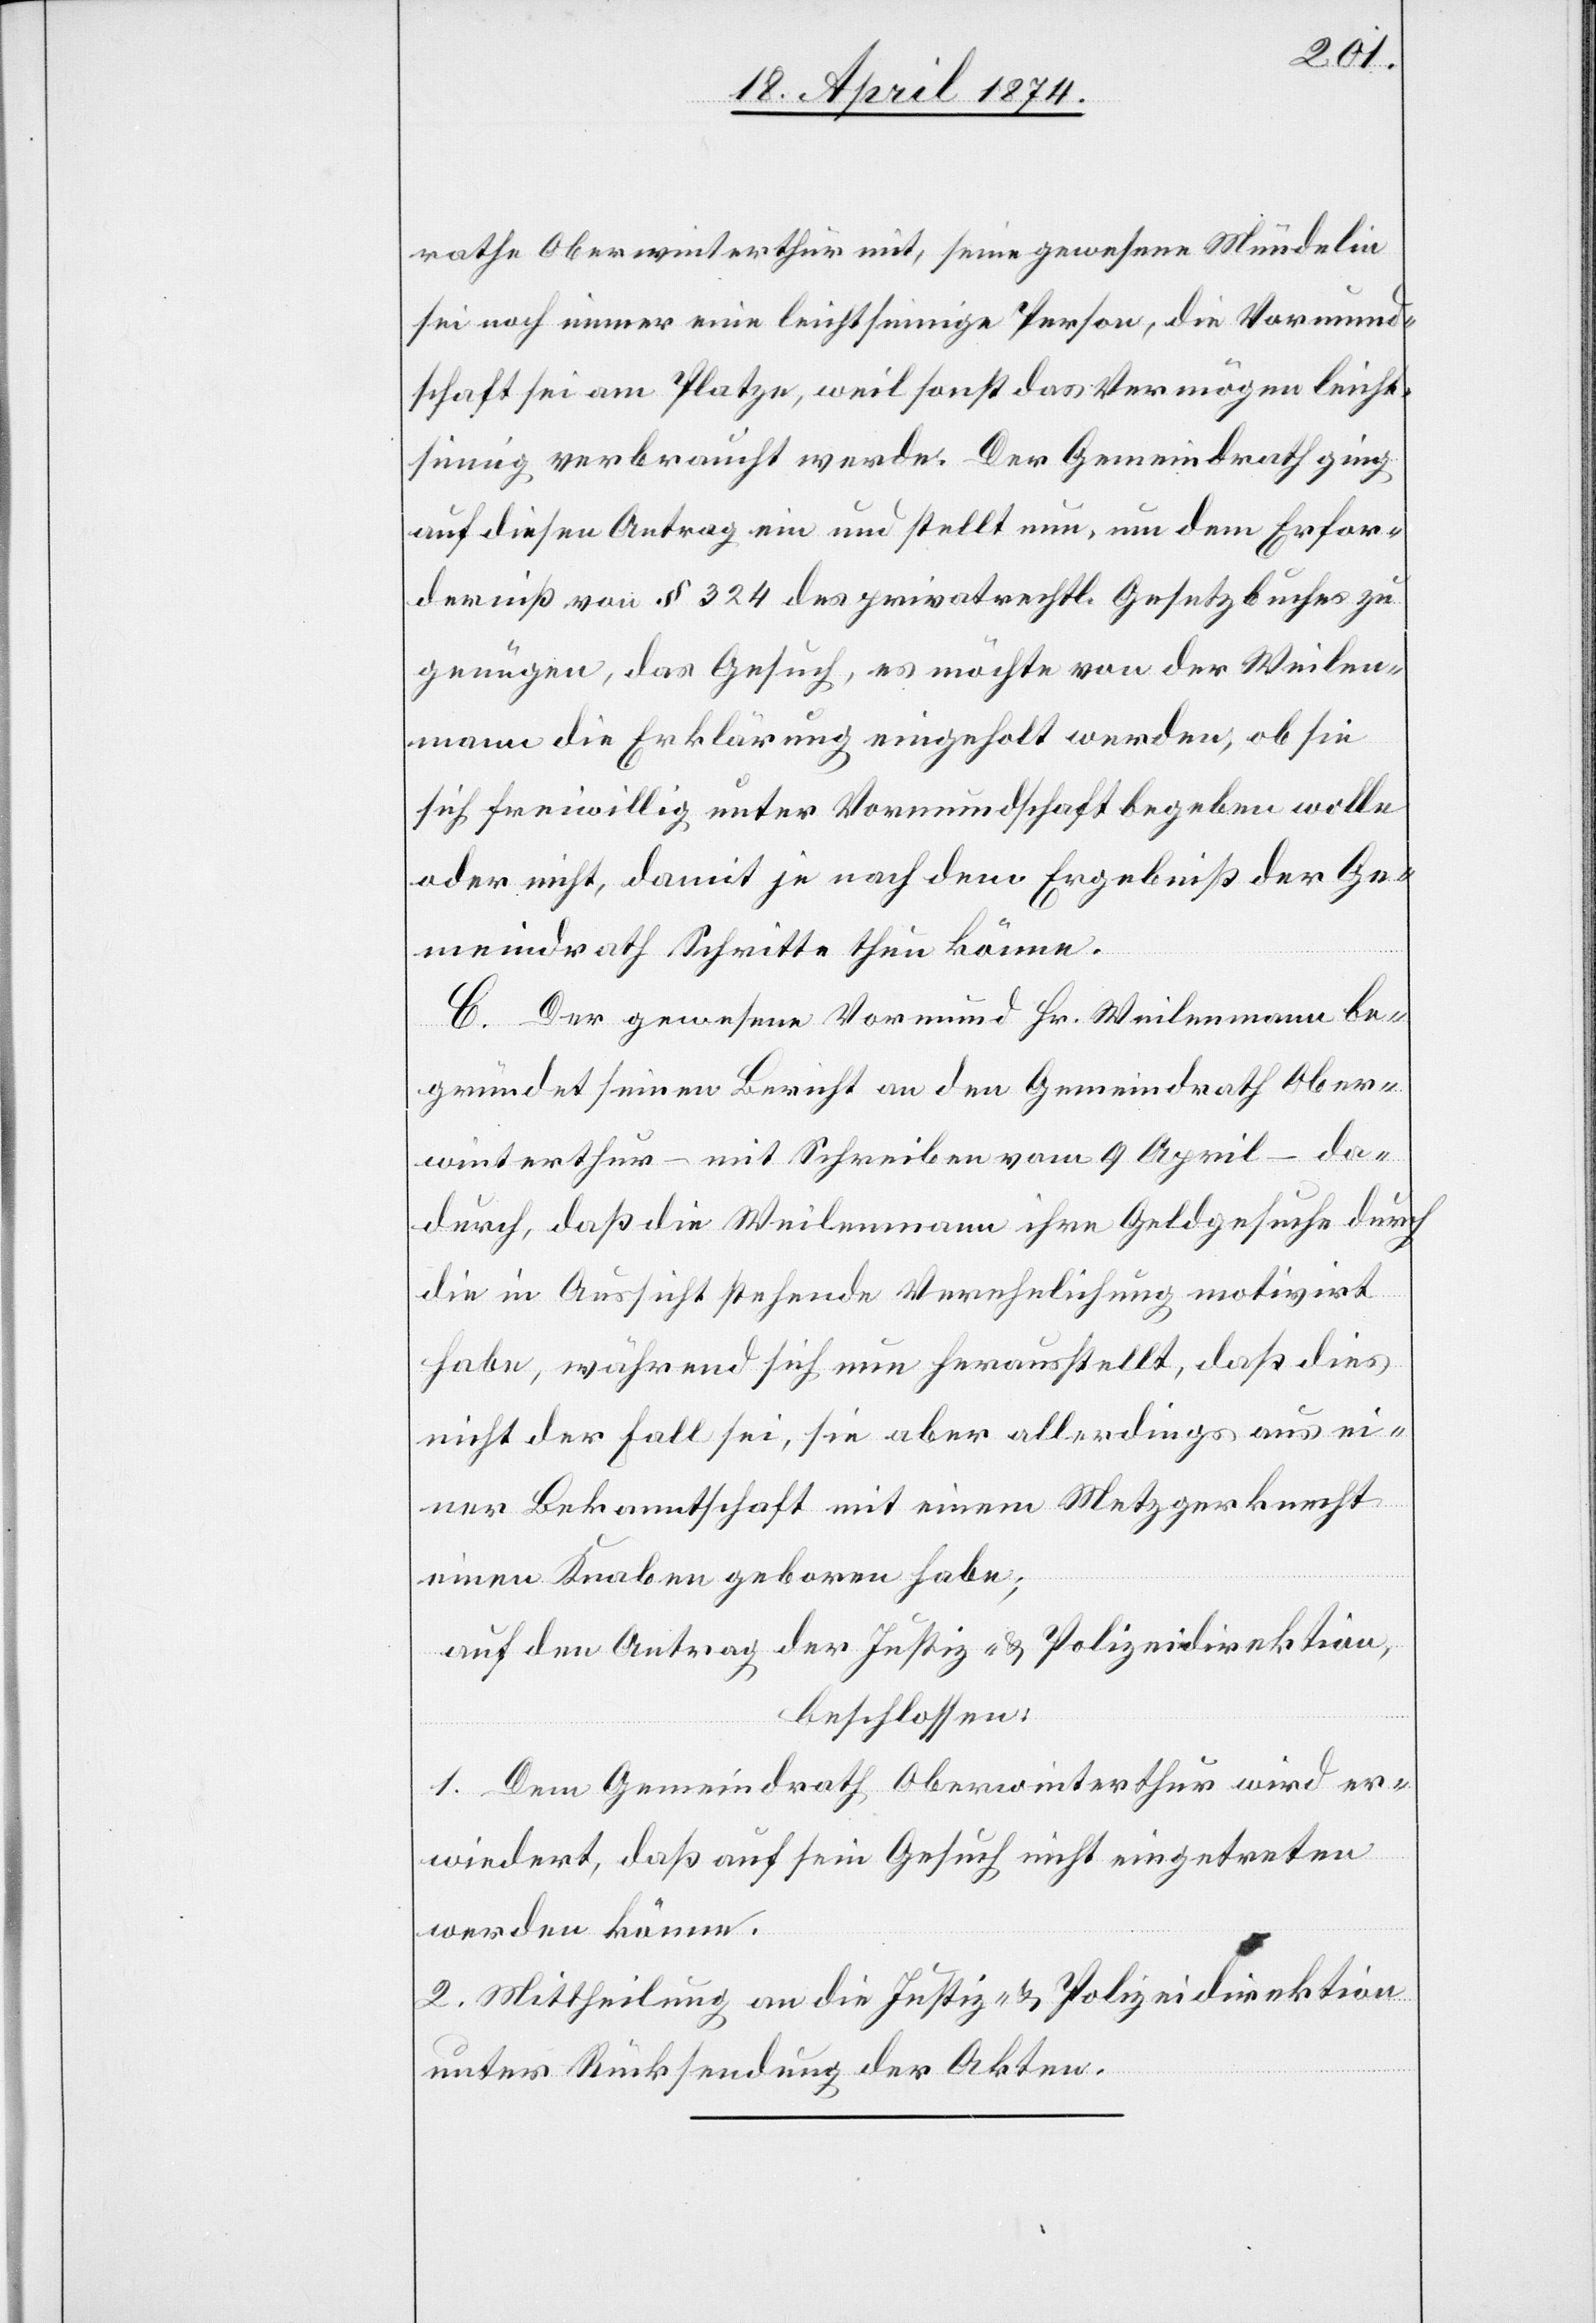
rathe Oberwinterthur mit, seine gewesene Mündelin
sei noch immer eine leichtsinnige Person, die Vormund¬
schaft sei am Platze, weil sonst das Vermögen leicht¬
sinnig verbraucht werde. Der Gemeindrath ging
auf diesen Antrag ein und stellt nun, um dem Erfor¬
derniß von § 324 des privatrechtl. Gesetzbuches zu
genügen, das Gesuch, es möchte von der Weilen¬
mann die Erklärung eingeholt werden, ob sie
sich freiwillig unter Vormundschaft begeben wolle
oder nicht, damit je nach dem Ergebniß der Ge¬
meindrath Schritte thun könne.
C. Der gewesene Vormund Hr. Weilenmann be¬
gründet seinen Bericht an den Gemeindrath Ober¬
winterthur – mit Schreiben vom 9. April – da¬
durch, daß die Weilenmann ihre Geldgesuche durch
die in Aussicht stehende Verehelichung motivirt
habe, während sich nun herausstellt, daß dies
nicht der Fall sei, sie aber allerdingst aus ei¬
ner Bekanntschaft mit einem Metzgerknecht
einen Knaben geboren habe;
auf den Antrag der Justiz- u. Polizeidirektion,
beschlossen:
1. Dem Gemeindrath Oberwinterthur wird er¬
wiedert, daß auf sein Gesuch nicht eingetreten
werden könne.
2. Mittheilung an die Justiz- u. Polizeidirektion
unter Rücksendung der Akten.